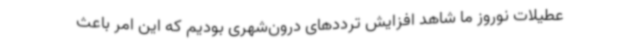
عطیلات نوروز ما شاهد افزایش ترددهای درون‌شهری بودیم که این امر باعث